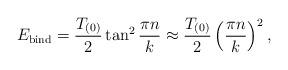
LaTeX: \begin{align*}E_{\rm bind} = {T_{(0)}\over 2} \tan^2{\pi n\over k}\approx{T_{(0)}\over 2} \left({\pi n\over k} \right)^2,\end{align*}